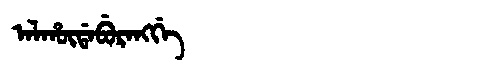
Manchu: ᠠᠯᡥᡡᡩᠠᠪᡠᡵᠠᠩᡤᡝ
Romanization: ALHŪDABURANGGE